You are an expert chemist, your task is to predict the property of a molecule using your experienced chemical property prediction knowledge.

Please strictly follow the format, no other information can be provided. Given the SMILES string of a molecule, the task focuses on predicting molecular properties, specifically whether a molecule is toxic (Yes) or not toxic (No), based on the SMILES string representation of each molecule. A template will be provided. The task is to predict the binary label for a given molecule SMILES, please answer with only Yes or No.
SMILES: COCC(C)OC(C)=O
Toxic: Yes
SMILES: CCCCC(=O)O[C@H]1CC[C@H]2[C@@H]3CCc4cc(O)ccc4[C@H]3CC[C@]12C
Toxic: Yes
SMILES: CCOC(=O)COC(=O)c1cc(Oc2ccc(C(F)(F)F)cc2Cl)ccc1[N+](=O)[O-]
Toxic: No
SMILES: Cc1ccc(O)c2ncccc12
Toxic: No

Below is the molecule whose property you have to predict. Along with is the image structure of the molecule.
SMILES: CN(N=O)c1ccccc1
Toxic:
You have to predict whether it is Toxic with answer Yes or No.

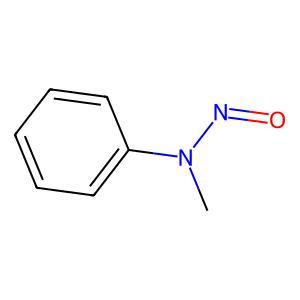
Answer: No